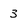
Character: 3